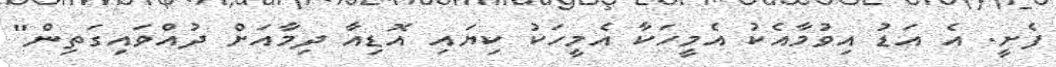
ފެށީ. އެ އަޑު އިވުމާއެކު އެމީހަކާ އެމީހަކު ކިޔައި އޮޑިއާ ދިމާއަށް ދުއްވައިގަތިން"